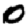
Digit: 0